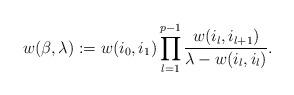
LaTeX: \begin{align*}w(\beta,\lambda):=w(i_0,i_1)\prod_{l=1}^{p-1}\frac{w(i_l,i_{l+1})}{\lambda-w(i_l,i_l)}.\end{align*}